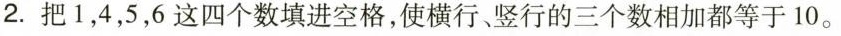
2.把1，4，5，6这四个数填进空格，使横行、竖行的三个数相加都等于10。